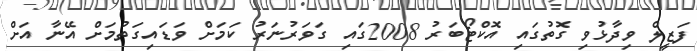
ފަޒީލް ވިދާޅުވި ގޮތުގައި އޮކްޓޯބަރު 2008ގައި ގަވަރުނަރު ކަމަށް ވަޑައިގަތުމަށް އޭނާ އަށް